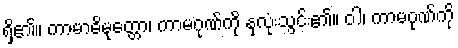
ရှိ၏။ ကာမာဓိမုတ္တော၊ ကာမဂုဏ်ကို နှလုံးသွင်း၏။ ဝါ၊ ကာမဂုဏ်ကို